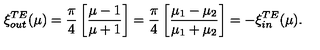
\xi _ { \small o u t } ^ { \small T E } ( \mu ) = { \frac { \pi } { 4 } } \left[ { \frac { \mu - 1 } { \mu + 1 } } \right] = { \frac { \pi } { 4 } } \left[ { \frac { \mu _ { 1 } - \mu _ { 2 } } { \mu _ { 1 } + \mu _ { 2 } } } \right] = - \xi _ { \small i n } ^ { \small T E } ( \mu ) .